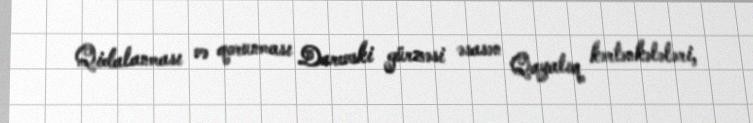
Qidalanması və qorunması Darevski gürzəsi əsasən Qayalıq kərtənkələləri,